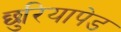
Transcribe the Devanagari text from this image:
छुरियापेड